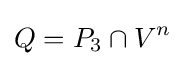
Q=P_{3}\cap V^{n}